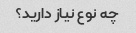
چه نوع نیاز دارید؟